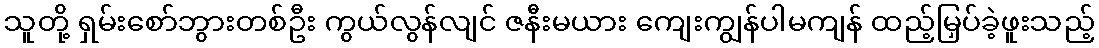
သူတို့ ရှမ်းစော်ဘွားတစ်ဦး ကွယ်လွန်လျင် ဇနီးမယား ကျေးကျွန်ပါမကျန် ထည့်မြှပ်ခဲ့ဖူးသည့်